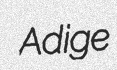
Adige